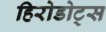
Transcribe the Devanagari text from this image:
हिरोडोट्स